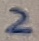
Text: 2